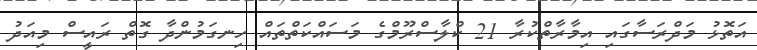
އަތޮޅު މަދްރަސާގައި އިމާރާތްކުރާ 21 ކްލާސްރޫމްގެ މަސައްކަތްތައް ހިނގަމުންދާ ގޮތް ރައީސް މިއަދު